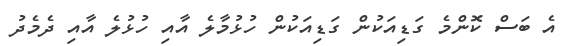
އެ ބަސް ކޮންމެ ގަޑިއަކުން ގަޑިއަކުން ހުޅުމާލެ އާއި ހުޅުލެ އާއި ދެމެދު